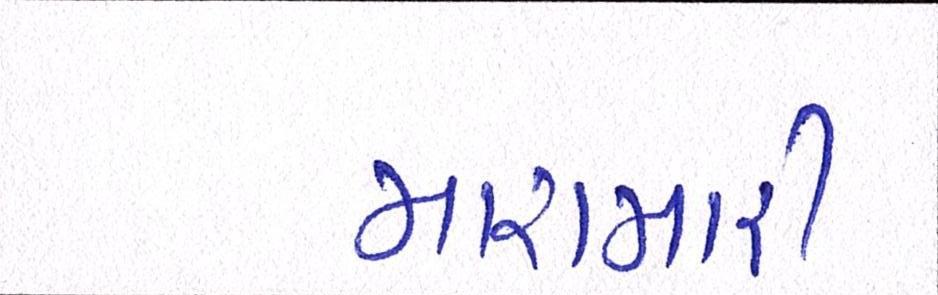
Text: મારામારી